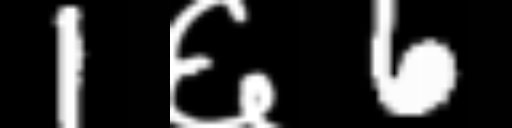
Text: 1६6